Indian journal of veterinary science and animal husbandry - Volume 11,
Year: 1941
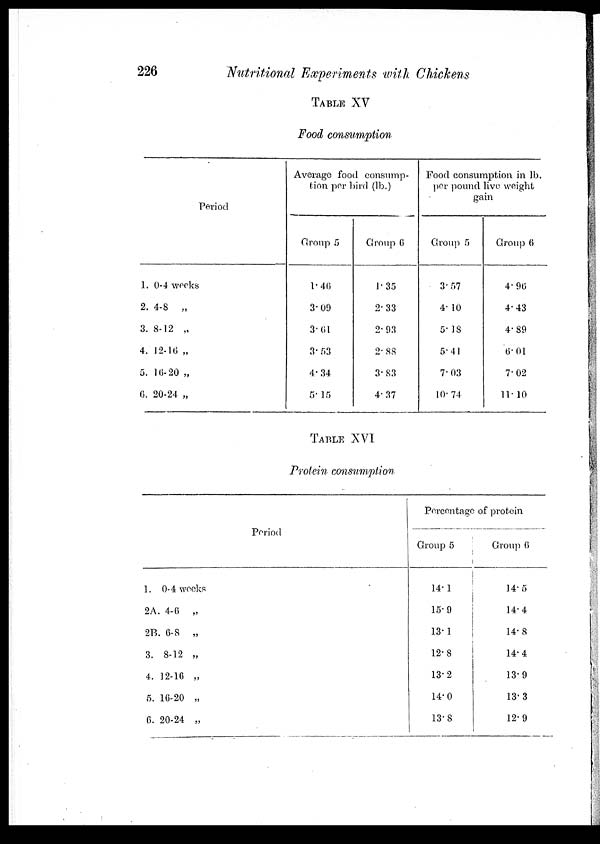
226
Nutritional Experiments with Chickens
TABLE XV
Food consumption
Period
1. 0-4 weeks
2. 4-8 „
3. 8-12 „
4. 12-16 „
5. 16-20 „
6. 20-24 „
Average food consump-
tion per bird (lb.)
Group 5
1. 46
3.09
3.61
3. 53
4. 34
5.15
Group 6
1.35
2.33
2.93
2.88
3.83
4.37
Food consumption in lb.
per pound live weight
gain
Group 5
3.57
4. 10
5.18
5.41
7.03
10.74
Group 6
4.96
4.43
4.89
6.01
7.02
11.10
TABLE XVI
Protein consumption
Period
1. 0-4 weeks
2A. 4-6 „
2B. 6-8 „
3. 8-12 „
4. 12-16 „
5. 16-20 „
6. 20-24 „
Percentage of protein
Group 5
14.1
15.9
13.1
12.8
13.2
14.0
13.8
Group 6
14.5
14.4
14.8
14.4
13.9
13.3
12.9